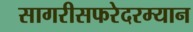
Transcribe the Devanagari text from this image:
सागरीसफरेदरम्यान